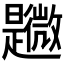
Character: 𣌎